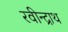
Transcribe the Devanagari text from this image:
रवीन्द्राथ